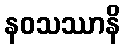
နဝသဿာနိ